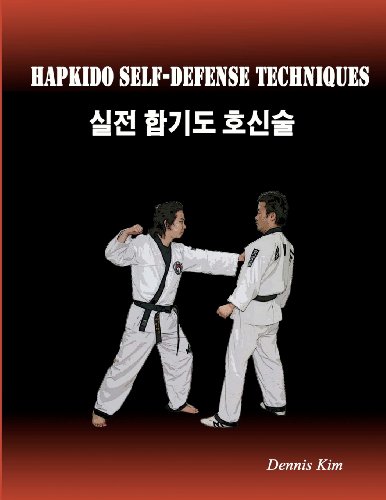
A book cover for Hapkido Self-defense Techniques: self-defense techniques, mixed martial arts, Taekwondo, Judo, Jiujitsu, kungfu; Dennis Kim; Sports & Outdoors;